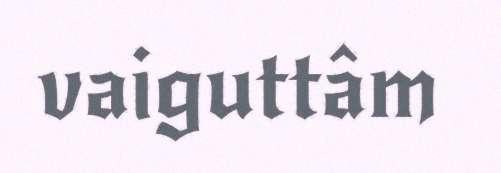
vaiguttâm